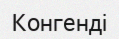
Конгенді